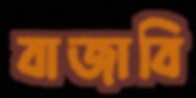
বাজাবি